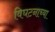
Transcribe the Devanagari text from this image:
विघटनाच्या